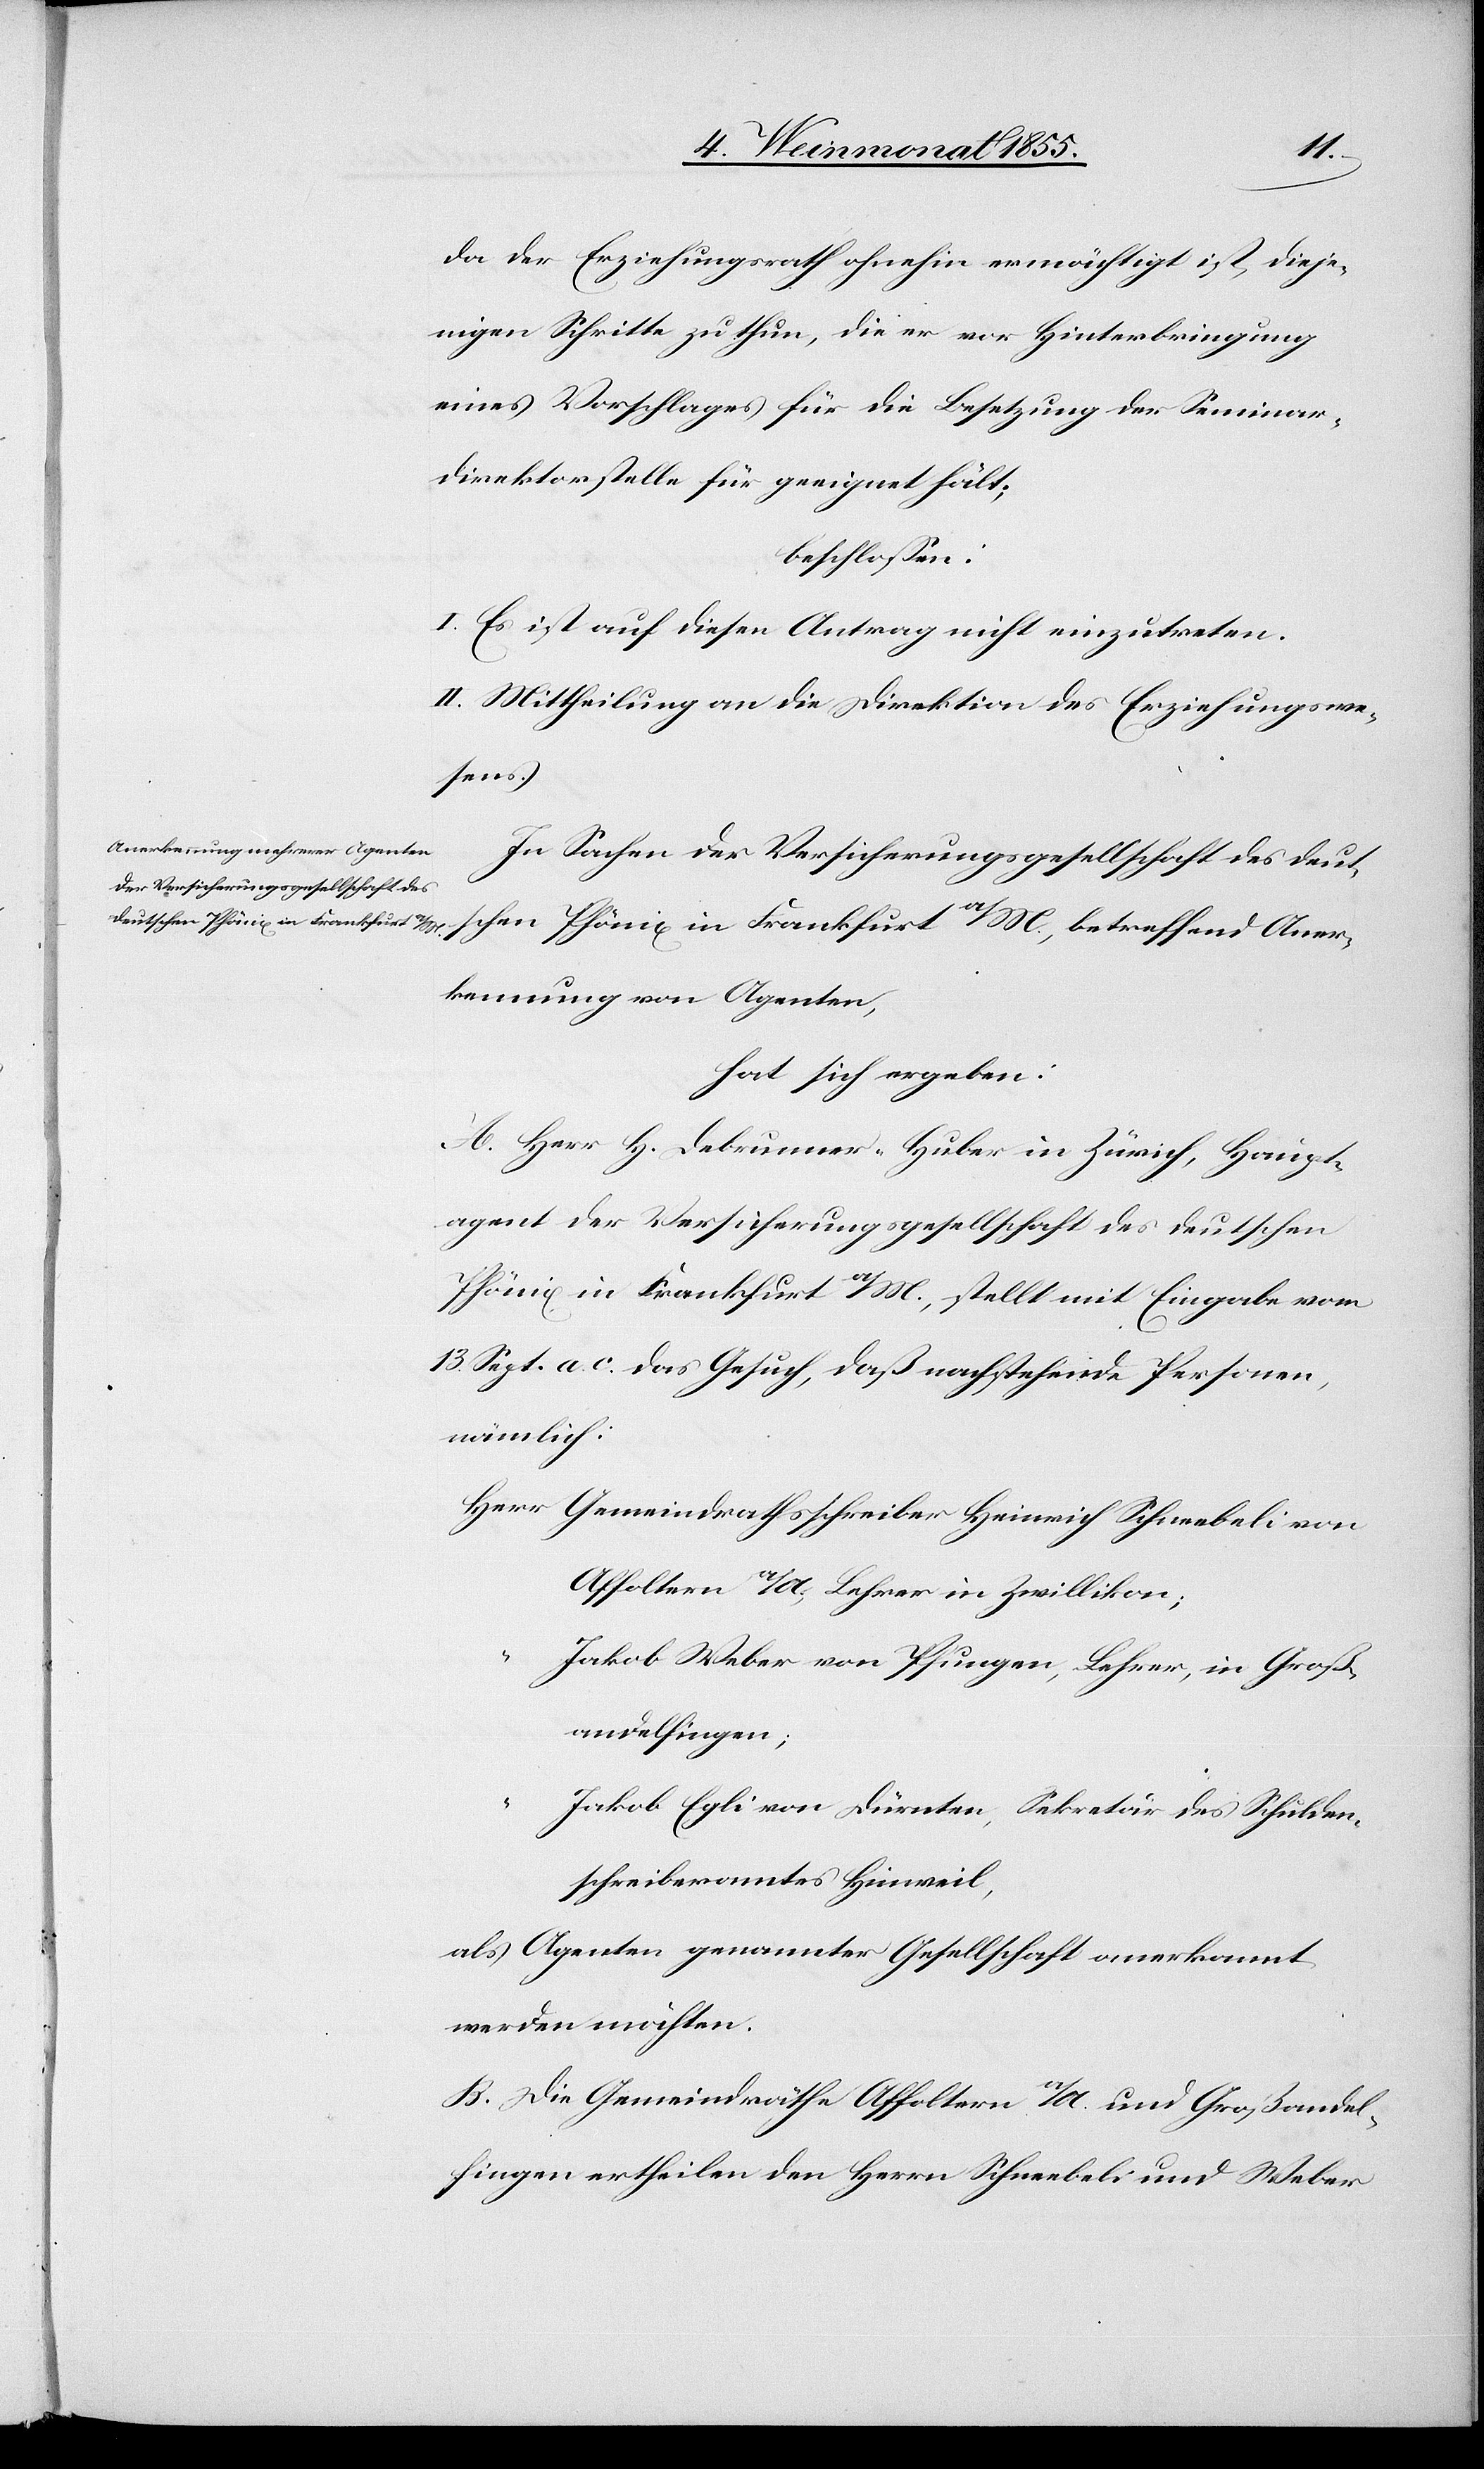
da der Erziehungsrath ohnehin ermächtigt ist, dieje¬
nigen Schritte zu thun, die er vor Hinterbringung
eines Vorschlages für die Besetzung der Seminar¬
direktorstelle für geeignet hält;
beschlossen:
I. Es ist auf diesen Antrag nicht einzutreten.
II. Mittheilung an die Direktion des Erziehungswe¬
sens.
In Sachen der Versicherungsgesellschaft des deut¬
schen Phönix in Frankfurt a/M., betreffend Aner¬
kennung von Agenten,
hat sich ergeben:
A. Herr H. Debrunner-Huber in Zürich, Haupt¬
agent der Versicherungsgesellschaft des deutschen
Phönix in Frankfurt a/M., stellt mit Eingabe vom
13. Sept. a. c. das Gesuch, daß nachstehende Personen,
nämlich:
Gemeindrathsschreiber Heinrich Schneebeli von
Affoltern a/A., Lehrer in Zwillikon;
Jakob Weber von Pfungen, Lehrer, in Groß¬
andelfingen;
Jakob Egli von Dürnten, Sekretär des Schulden¬
schreiberamtes Hinweil,
als Agenten genannter Gesellschaft anerkannt
werden möchten.
B. Die Gemeindräthe Affoltern a/A. und Großandel¬
fingen ertheilen den Herrn Schneebeli und Weber